Civil Veterinary Department Bengal reports 1933-51 - 1933-1951
Year: 1933
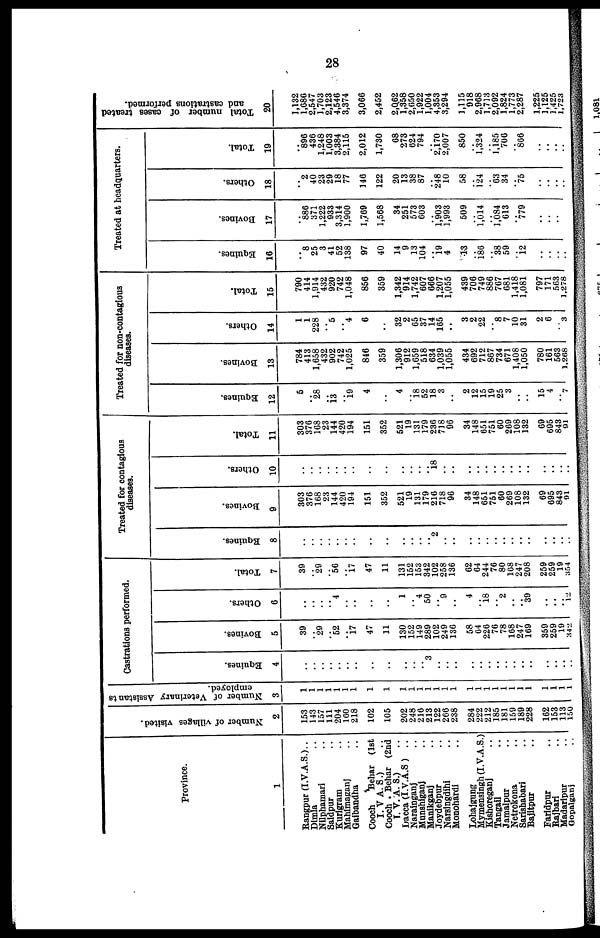
28
Province.
1
Rangpur (I.V.A.S.) ..
Dimla ..
Nilphamari ..
Saidpur ..
Kurigram ..
Mahimaganj ..
Gaibandha ..
Cooch Behar (1st
I.VA. S.) ..
Cooch Behar (2nd
T. V. A. S.)
Dacca (I.V.A.S ) ..
Narainganj ..
Munshiganj ..
Manikganj ..
Joydebpur ..
Narsingdihi ..
Monohardi ..
Lohajgung
Mymensingh (I.V.A.S.)
Kishoreganj ..
Tangail ..
Jamalpur ..
Netrokona ..
Sarishabari ..
Bajitpur ..
Faridpur ..
Rajbari ..
Madaripur ..
Gopalganj ..
Number of villages visited.
2
153
143
157
111
204
160
218
102
105
202
248
216
213
122
266
238
284
222
212
185
181
159
189
228
162
153
113
150
Number of Veterinary Assistants
employed.
3
1
1
1
1
1
1
1
1
1
1
1
1
1
1
1
1
1
1
1
1
1
1
1
1
1
1
1
l
Castrations performed.
Equines.
4
..
..
..
..
..
..
..
..
.. ..
.. ..
..
.. 3
..
..
..
..
..
..
..
..
..
..
..
..
..
..
..
Bovines.
5
39
.. 29
.. 52
.. 17
47
.. 11
..
130
152
149
289
102
249
136
58
64
226
76
78
168
247
169
359
259
19
342
Others.
6
..
..
.. 4
..
..
..
.. ..
.. 1
.. 4
50
.. 9
..
4
.. 18
.. 2
..
.. 39
..
..
.. 12
Total.
7
39
.. 29
.. 56
.. 17
47
.. 11
..
131
152
153
342
102
258
136
62
64
244
76
80
168
247
208
259
259
19
354
Treated for contagious
diseases.
Equines.
8
..
..
..
..
..
..
..
..
.. ..
.. ..
..
..
2 2
..
..
..
..
..
..
..
..
..
..
..
..
..
Bovines.
9
303
376
168
23
144
420
194
151
352
521
19
131
179
216
718
96
34
148
651
751
60
269
108
132
69
695
843
91
Others.
10
..
..
..
..
..
..
..
..
.. ..
.. ..
..
..
.. 18
..
..
..
..
..
..
..
..
..
..
..
..
..
..
Total.
11
303
376
168
23
144
420
194
151
352
521
19
131
179
236
718
96
34
148
651
751
60
269
108
132
69
695
843
91
Treated for non-contagious
diseases.
Equines.
12
5
28
13
19
4
..
..
.. 4
18 52
18
3
..
2
12
15
19
25
3
..
..
15
4
.. 7
Bovines.
13
784
413
1,658
432
902
742
1,025
846
.. 359
..
1,306
912
1,659
518
634
1,039
1,055
434
692
712
867
734
671
1,408
1,050
780
161
563
1.268
Others.
14
1
1
228
.. 5
.. 4
6
..
..
.. 32
2
65
37
14
165
..
3
2
22
8
7
10
31
2
6
.. 3
Total.
15
790
414
1,914
432
920
742
1,048
856
.. 359
..
1,342
914
1,742
607
666
1,207
1,055
439
706
749
886
767
681
1,418
1,081
797
171
563
1,278
Treated at headquarters.
Equines.
16
..
8
25
3
41
52
138
97
..
40
.. 14
9
13
104
.. 19
4
13
.. 186
.. 38
59
.. 12
..
..
..
..
Bovines.
17
..
886
371
1,222
933
3,314
1,900
1,769
..
1,568
.. 34
251
573
603
.. 1,903
1,993
509
.. l,014
.. l,084
613
.. 779
..
..
..
..
Others.
18
..
2
40
23
29
18
77
146
..
122
.. 20
13
38
87
.. 248
10
58
.. 124
.. 63
34
.. 75
..
.. ..
..
Total.
19
..
896
436
1,248
1,003
3,384
2,115
2,012
.. 1,730
.. 68
273
624
794
.. 2,170
2,007
850
.. l,324
.. 1,185
706
.. 866
..
.. ..
..
Total number of cases treated
and castrations performed.
20
1,132
1,686
2,547
1,703
2,123
4,546
3,374
3,066
..
2,452
..
2,062
1,358
2,650
1,922
1,004
4,353
3,294
1,115
918
2,968
1,713
2,092
1,824
1,773
2,287
1,225
1,125
1,425
1,723